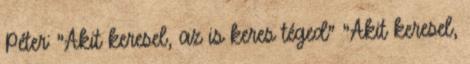
Péter: "Akit keresel, az is keres téged" "Akit keresel,